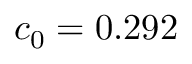
c _ { 0 } = 0 . 2 9 2